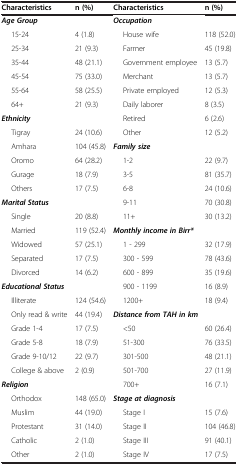
<table><thead><tr><td><b>Characteristics</b></td><td><b>n (%)</b></td><td><b>Characteristics</b></td><td><b>n (%)</b></td></tr></thead><tbody><tr><td><b><i>Age Group</i></b></td><td> </td><td><b><i>Occupation</i></b></td><td> </td></tr><tr><td>15-24</td><td>4 (1.8)</td><td>House wife</td><td>118 (52.0)</td></tr><tr><td>25-34</td><td>21 (9.3)</td><td>Farmer</td><td>45 (19.8)</td></tr><tr><td>35-44</td><td>48 (21.1)</td><td>Government employee</td><td>13 (5.7)</td></tr><tr><td>45-54</td><td>75 (33.0)</td><td>Merchant</td><td>13 (5.7)</td></tr><tr><td>55-64</td><td>58 (25.5)</td><td>Private employed</td><td>12 (5.3)</td></tr><tr><td>64+</td><td>21 (9.3)</td><td>Daily laborer</td><td>8 (3.5)</td></tr><tr><td colspan="2"><b><i>Ethnicity</i></b></td><td>Retired</td><td>6 (2.6)</td></tr><tr><td>Tigray</td><td>24 (10.6)</td><td>Other</td><td>12 (5.2)</td></tr><tr><td>Amhara</td><td>104 (45.8)</td><td colspan="2"><b><i>Family size</i></b></td></tr><tr><td>Oromo</td><td>64 (28.2)</td><td>1-2</td><td>22 (9.7)</td></tr><tr><td>Gurage</td><td>18 (7.9)</td><td>3-5</td><td>81 (35.7)</td></tr><tr><td>Others</td><td>17 (7.5)</td><td>6-8</td><td>24 (10.6)</td></tr><tr><td colspan="2"><b><i>Marital Status</i></b></td><td>9-11</td><td>70 (30.8)</td></tr><tr><td>Single</td><td>20 (8.8)</td><td>11+</td><td>30 (13.2)</td></tr><tr><td>Married</td><td>119 (52.4)</td><td colspan="2"><b><i>Monthly income in Birr*</i></b></td></tr><tr><td>Widowed</td><td>57 (25.1)</td><td>1 - 299</td><td>32 (17.9)</td></tr><tr><td>Separated</td><td>17 (7.5)</td><td>300 - 599</td><td>78 (43.6)</td></tr><tr><td>Divorced</td><td>14 (6.2)</td><td>600 - 899</td><td>35 (19.6)</td></tr><tr><td colspan="2"><b><i>Educational Status</i></b></td><td>900 - 1199</td><td>16 (8.9)</td></tr><tr><td>Illiterate</td><td>124 (54.6)</td><td>1200+</td><td>18 (9.4)</td></tr><tr><td>Only read &amp; write</td><td>44 (19.4)</td><td colspan="2"><b><i>Distance from TAH in km</i></b></td></tr><tr><td>Grade 1-4</td><td>17 (7.5)</td><td>&lt;50</td><td>60 (26.4)</td></tr><tr><td>Grade 5-8</td><td>18 (7.9)</td><td>51-300</td><td>76 (33.5)</td></tr><tr><td>Grade 9-10/12</td><td>22 (9.7)</td><td>301-500</td><td>48 (21.1)</td></tr><tr><td>College &amp; above</td><td>2 (0.9)</td><td>501-700</td><td>27 (11.9)</td></tr><tr><td colspan="2"><b><i>Religion</i></b></td><td>700+</td><td>16 (7.1)</td></tr><tr><td>Orthodox</td><td>148 (65.0)</td><td colspan="2"><b><i>Stage at diagnosis</i></b></td></tr><tr><td>Muslim</td><td>44 (19.0)</td><td>Stage I</td><td>15 (7.6)</td></tr><tr><td>Protestant</td><td>31 (14.0)</td><td>Stage II</td><td>104 (46.8)</td></tr><tr><td>Catholic</td><td>2 (1.0)</td><td>Stage III</td><td>91 (40.1)</td></tr><tr><td>Other</td><td>2 (1.0)</td><td>Stage IV</td><td>17 (7.5)</td></tr></tbody></table>